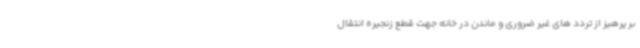
بر پرهیز از تردد های غیر ضروری و ماندن در خانه جهت قطع زنجیره انتقال